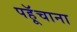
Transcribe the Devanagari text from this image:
पहूॅचाना